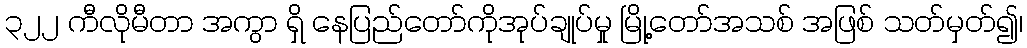
၃၂၂ ကီလိုမီတာ အကွာ ရှိ နေပြည်တော်ကိုအုပ်ချုပ်မှု မြို့တော်အသစ် အဖြစ် သတ်မှတ်၍၊